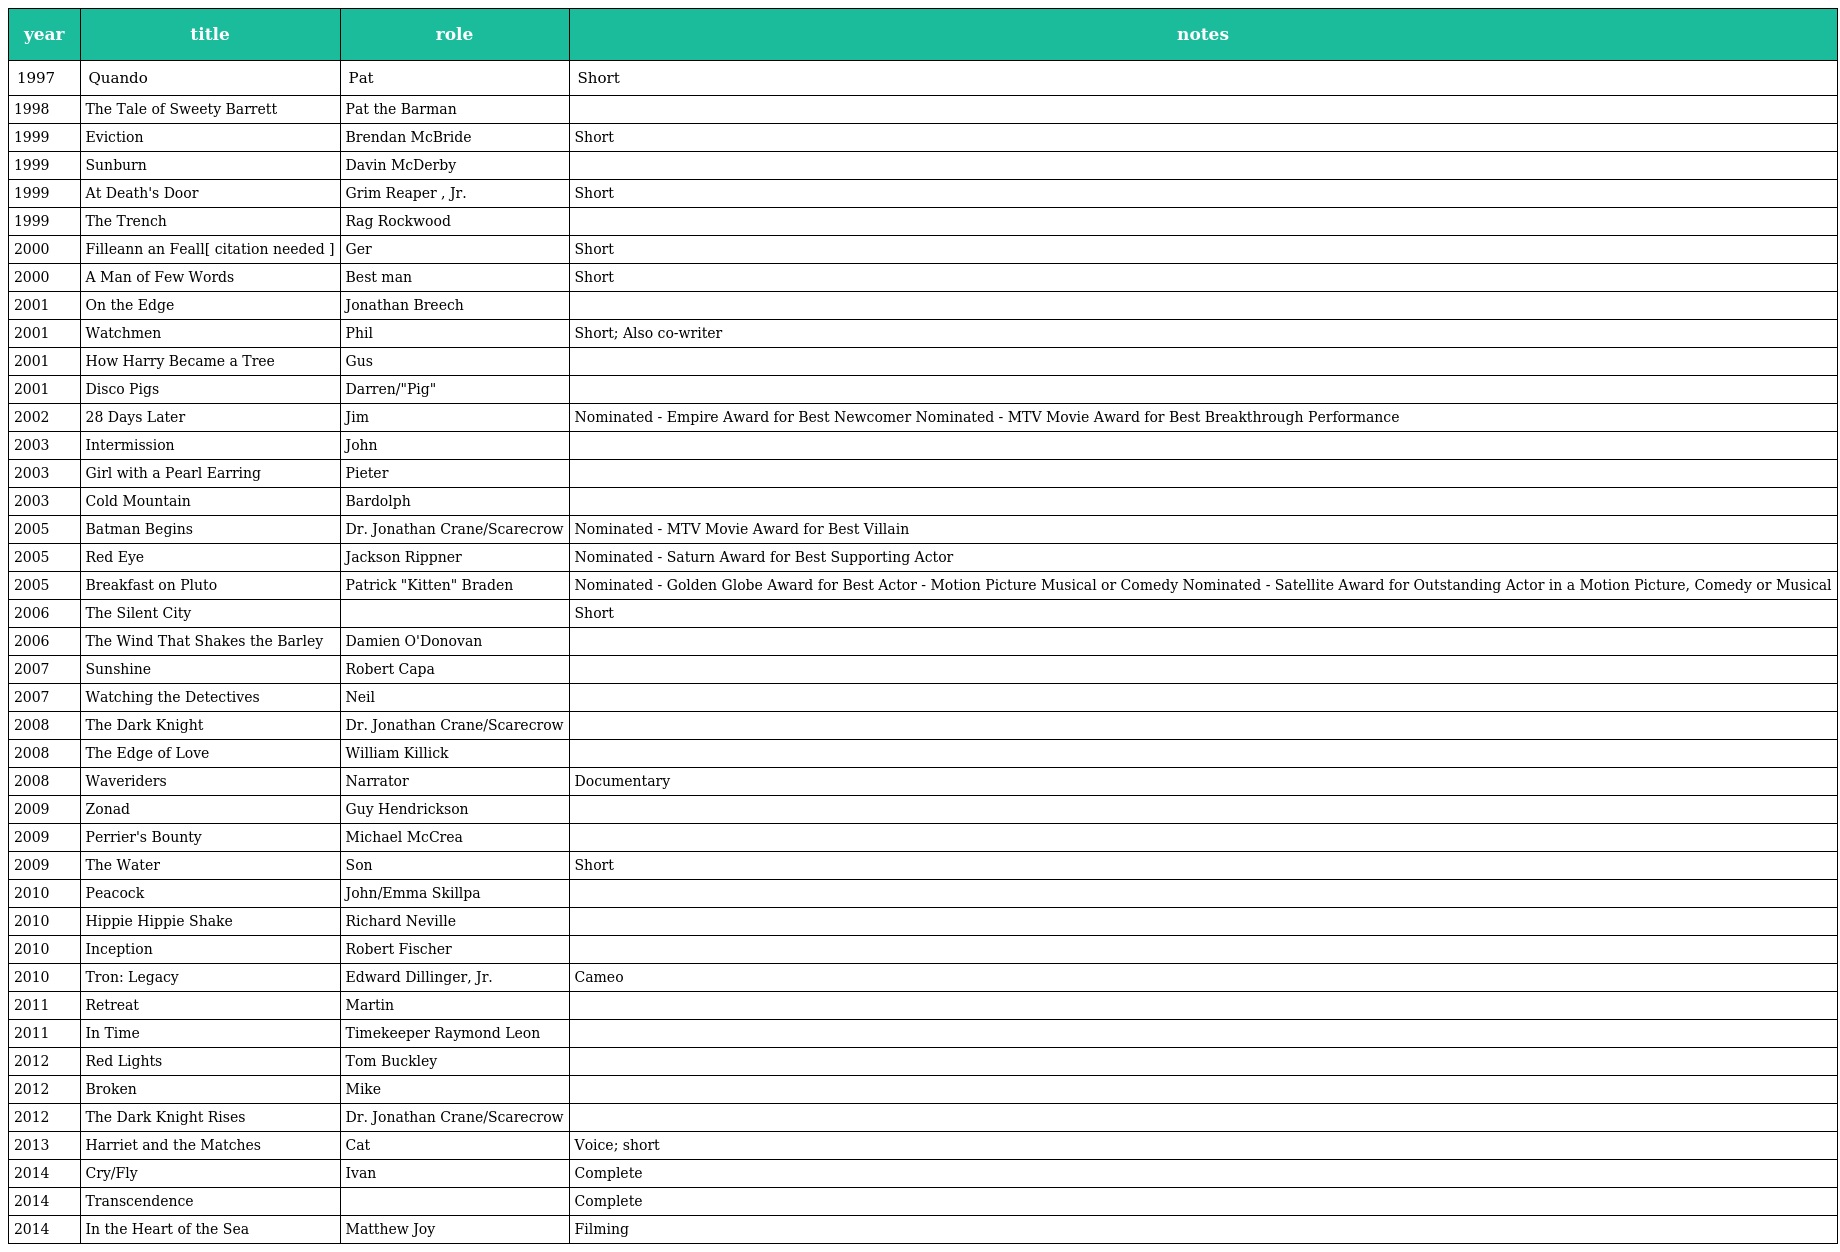
| year | title | role | notes |
 | --- | --- | --- | --- |
 | 1997 | Quando | Pat | Short |
 | 1998 | The Tale of Sweety Barrett | Pat the Barman |  |
 | 1999 | Eviction | Brendan McBride | Short |
 | 1999 | Sunburn | Davin McDerby |  |
 | 1999 | At Death's Door | Grim Reaper , Jr. | Short |
 | 1999 | The Trench | Rag Rockwood |  |
 | 2000 | Filleann an Feall[ citation needed ] | Ger | Short |
 | 2000 | A Man of Few Words | Best man | Short |
 | 2001 | On the Edge | Jonathan Breech |  |
 | 2001 | Watchmen | Phil | Short; Also co-writer |
 | 2001 | How Harry Became a Tree | Gus |  |
 | 2001 | Disco Pigs | Darren/"Pig" |  |
 | 2002 | 28 Days Later | Jim | Nominated - Empire Award for Best Newcomer Nominated - MTV Movie Award for Best Breakthrough Performance |
 | 2003 | Intermission | John |  |
 | 2003 | Girl with a Pearl Earring | Pieter |  |
 | 2003 | Cold Mountain | Bardolph |  |
 | 2005 | Batman Begins | Dr. Jonathan Crane/Scarecrow | Nominated - MTV Movie Award for Best Villain |
 | 2005 | Red Eye | Jackson Rippner | Nominated - Saturn Award for Best Supporting Actor |
 | 2005 | Breakfast on Pluto | Patrick "Kitten" Braden | Nominated - Golden Globe Award for Best Actor - Motion Picture Musical or Comedy Nominated - Satellite Award for Outstanding Actor in a Motion Picture, Comedy or Musical |
 | 2006 | The Silent City |  | Short |
 | 2006 | The Wind That Shakes the Barley | Damien O'Donovan |  |
 | 2007 | Sunshine | Robert Capa |  |
 | 2007 | Watching the Detectives | Neil |  |
 | 2008 | The Dark Knight | Dr. Jonathan Crane/Scarecrow |  |
 | 2008 | The Edge of Love | William Killick |  |
 | 2008 | Waveriders | Narrator | Documentary |
 | 2009 | Zonad | Guy Hendrickson |  |
 | 2009 | Perrier's Bounty | Michael McCrea |  |
 | 2009 | The Water | Son | Short |
 | 2010 | Peacock | John/Emma Skillpa |  |
 | 2010 | Hippie Hippie Shake | Richard Neville |  |
 | 2010 | Inception | Robert Fischer |  |
 | 2010 | Tron: Legacy | Edward Dillinger, Jr. | Cameo |
 | 2011 | Retreat | Martin |  |
 | 2011 | In Time | Timekeeper Raymond Leon |  |
 | 2012 | Red Lights | Tom Buckley |  |
 | 2012 | Broken | Mike |  |
 | 2012 | The Dark Knight Rises | Dr. Jonathan Crane/Scarecrow |  |
 | 2013 | Harriet and the Matches | Cat | Voice; short |
 | 2014 | Cry/Fly | Ivan | Complete |
 | 2014 | Transcendence |  | Complete |
 | 2014 | In the Heart of the Sea | Matthew Joy | Filming |